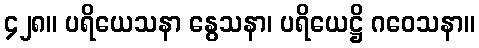
၄၂၈။ ပရိယေသနာ နွေသနာ၊ ပရိယေဋ္ဌိ ဂဝေသနာ။